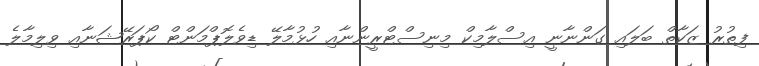
ފިތުރު ޒަކާތް ބަލައި ގަންނާނީ އިސްލާމިކް މިނިސްޓްރީންނާއި ހުޅުމާލޭ ޑިވެލޮޕްމަންޓް ކޯޕަރޭޝަނާއި ވިލިމާލެ